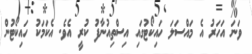
ވަނަ އަހަރު އެ މައްސަލަ ހައިކޯޓުގައި އިސްތިއުނާފު ކުރީ އެވެ. އެކަމަކު ހައިކޯޓުން